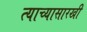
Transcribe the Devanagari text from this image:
त्याच्यासारखी